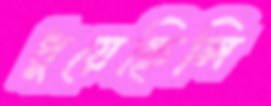
ধুয়েছিলি